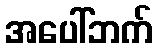
အပေါ်ဘက်